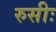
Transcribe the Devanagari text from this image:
रुसीः